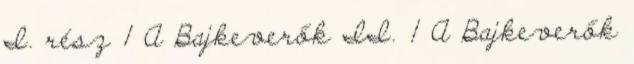
I. rész 1 A Bajkeverők II. 1 A Bajkeverők